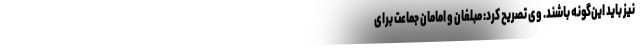
نیز باید این‌گونه باشند. وی تصریح کرد: مبلغان و امامان جماعت برای